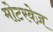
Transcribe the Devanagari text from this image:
मोटरवेज़